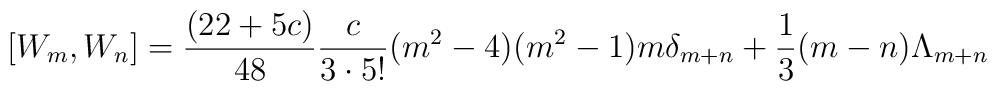
[W_m,W_n]= {{(22 + 5c)}\over{48}} {{c}\over{3\cdot 5!}}  (m^2-4)(m^2-1)m\delta_{m+n} + {1 \over 3}(m-n)\Lambda_{m+n}